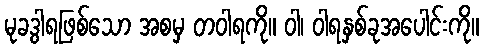
မုခဒွါရဖြစ်သော အစမှ တဝါရကို။ ဝါ၊ ဝါရနှစ်ခုအပေါင်းကို။